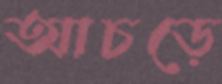
আচড়ে